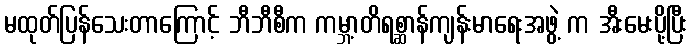
မထုတ်ပြန်သေးတာကြောင့် ဘီဘီစီက ကမ္ဘာ့တိရစ္ဆာန်ကျန်းမာရေးအဖွဲ့ က အီးမေးပို့ပြီး